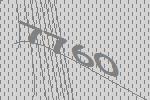
7760